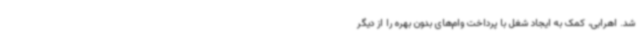
شد. اهرابی، کمک به ایجاد شغل با پرداخت وام‌های بدون بهره را از دیگر